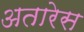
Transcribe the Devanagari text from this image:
अतारेस